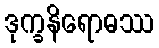
ဒုက္ခနိရောဓဿ